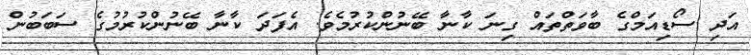
އަދި ސޯޑިއަމްގެ ބާވަތްތައް ގިނަ ކާނާ ބޭނުންކުރުމެވެ. އެފަދަ ކާނާ ބޭނުންކުރުމުގެ ސަބަބުން